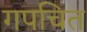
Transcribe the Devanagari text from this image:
गपचित